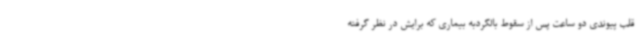
قلب پیوندی دو ساعت پس از سقوط بالگردبه بیماری که برایش در نظر گرفته